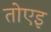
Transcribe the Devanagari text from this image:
तोएइ